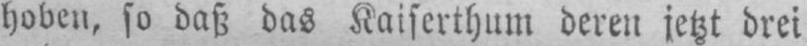
hoben, so daß das Kaiserthum deren jetzt drei